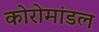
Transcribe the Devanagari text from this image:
कोरोमांडल